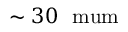
\sim 3 0 ~ \mathrm { \ m u m }